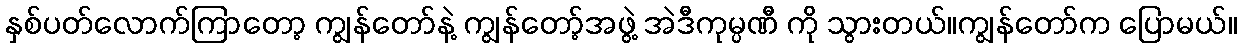
နှစ်ပတ်လောက်ကြာတော့ ကျွန်တော်နဲ့ ကျွန်တော့်အဖွဲ့ အဲဒီကုမ္ပဏီ ကို သွားတယ်။ကျွန်တော်က ပြောမယ်။